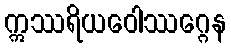
ဣဿရိယဝေါဿဂ္ဂေန